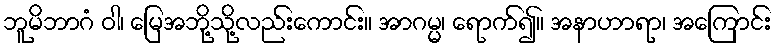
ဘူမိဘာဂံ ဝါ၊ မြေအဘို့သို့လည်းကောင်း။ အာဂမ္မ၊ ရောက်၍။ အနာဟာရာ၊ အကြောင်း